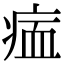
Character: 𤶰